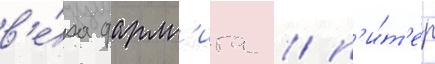
в'е́ра фарм'ига / п'и́т'ер